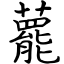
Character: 藣